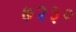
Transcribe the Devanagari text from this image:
७२३०